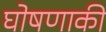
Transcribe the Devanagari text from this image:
घोषणाकी